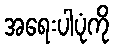
အရေးပါပုံကို